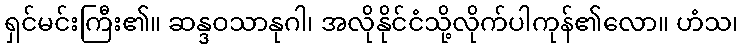
ရှင်မင်းကြီး၏။ ဆန္ဒဝသာနုဂါ၊ အလိုနိုင်ငံသို့လိုက်ပါကုန်၏လော။ ဟံသ၊